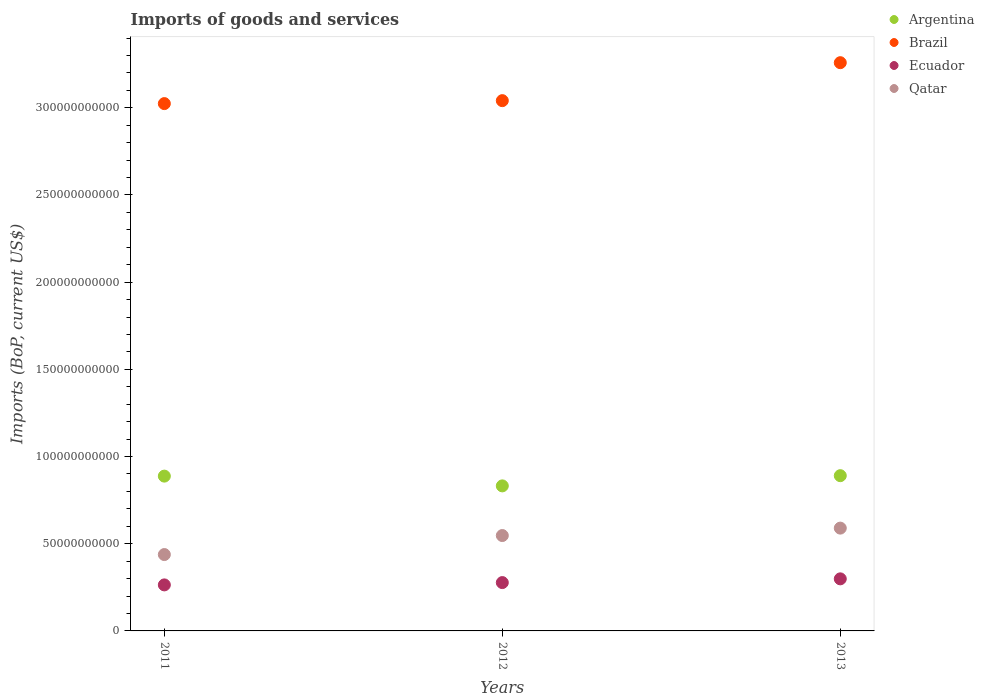
| Years | Argentina | Brazil | Ecuador | Qatar |
 | --- | --- | --- | --- | --- |
 | 2011 | 8.88e+10 | 3.02e+11 | 2.64e+10 | 4.38e+10 |
 | 2012 | 8.32e+10 | 3.04e+11 | 2.77e+10 | 5.47e+10 |
 | 2013 | 8.9e+10 | 3.26e+11 | 2.99e+10 | 5.9e+10 |